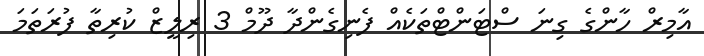
އާމިރް ހާންގެ ގިނަ ސްޓަންޓްތަކެއް ފެނިގެންދާ ދޫމް 3 ރިލީޒް ކުރިތާ ފުރަތަމަ